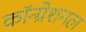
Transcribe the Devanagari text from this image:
कॉन्ग्रेशनल